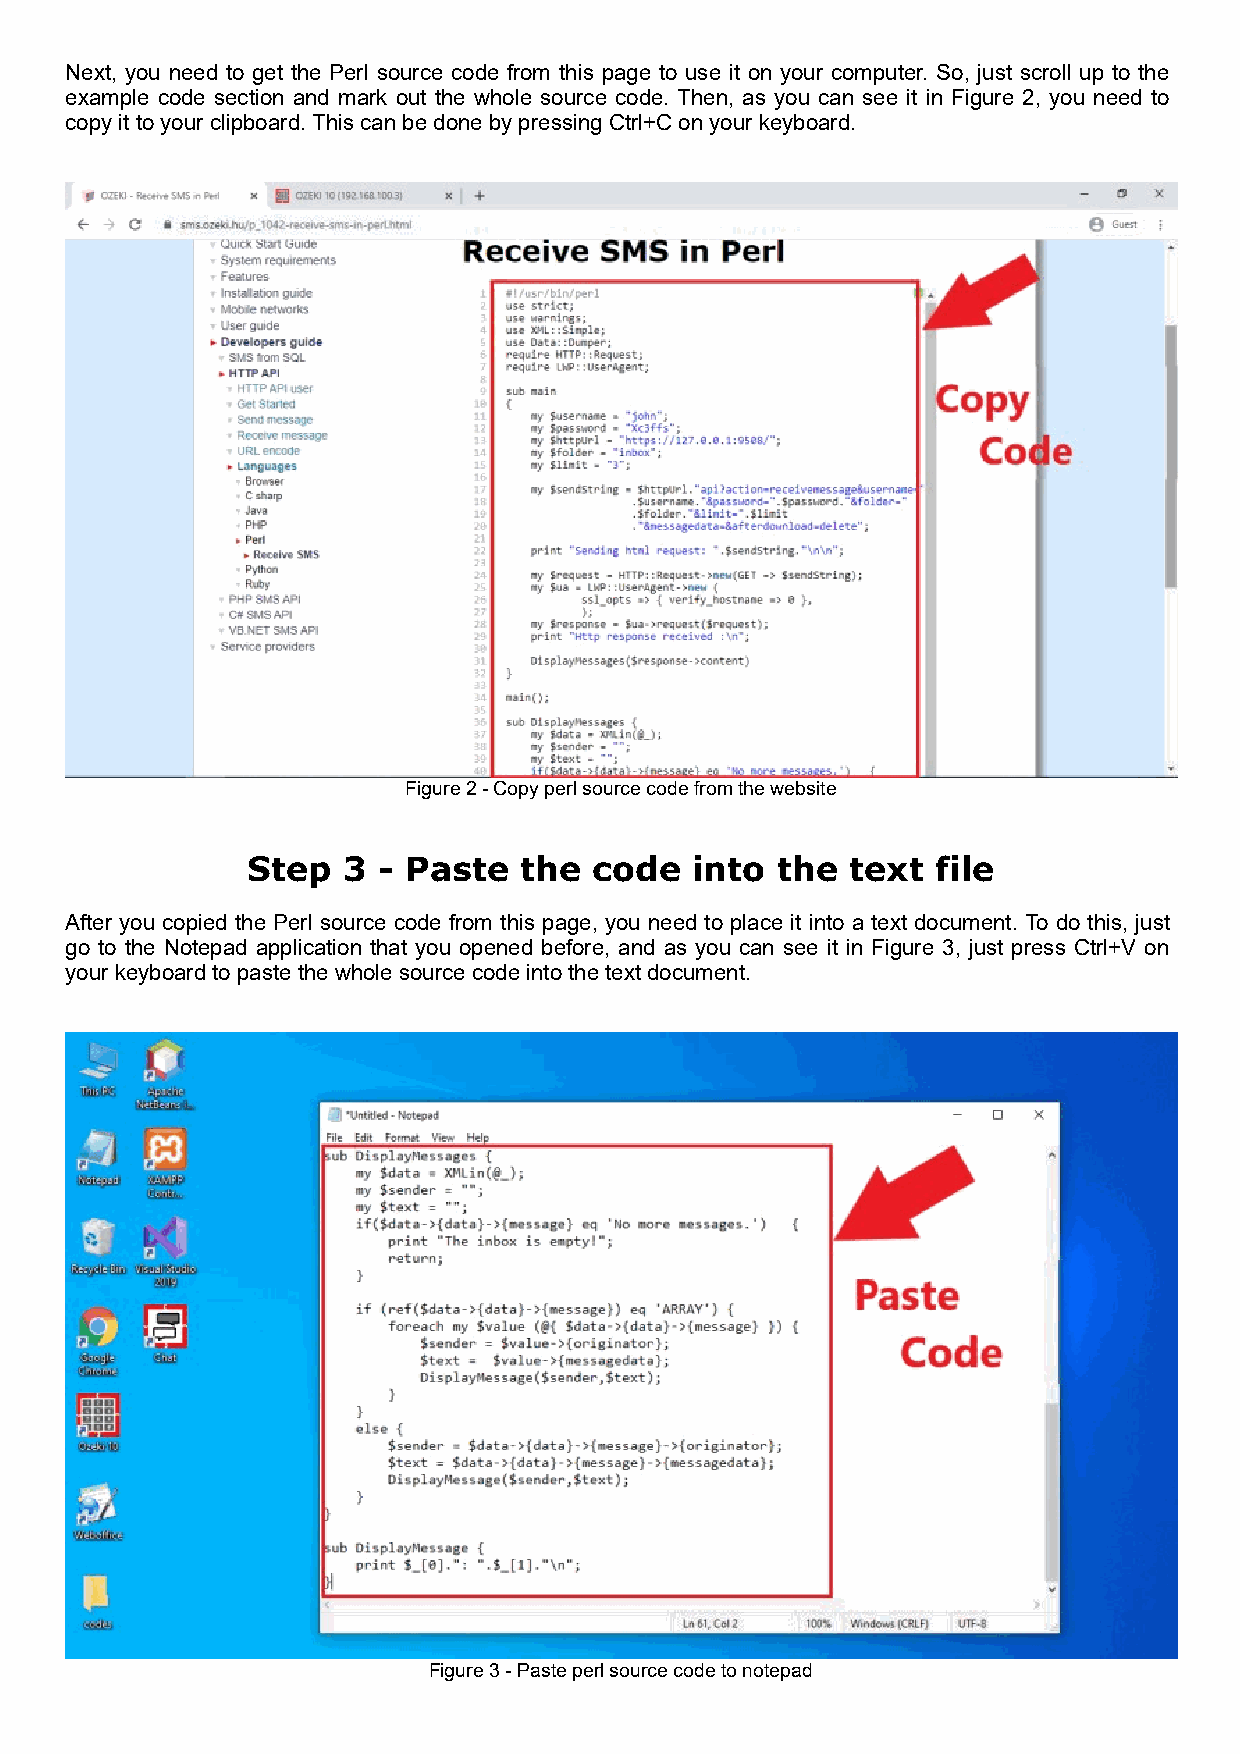
Next, you need to get the Perl source code from this page to use it on your computer. So, just scroll up to the
 example code section and mark out the whole source code. Then, as you can see it in Figure 2, you need to
 copy it to your clipboard. This can be done by pressing Ctrl+C on your keyboard.
 Figure 2 - Copy perl source code from the website
 Step   3 - Paste  the  code   into the  text  file
 After you copied the Perl source code from this page, you need to place it into a text document. To do this, just
 go to the Notepad application that you opened before, and as you can see it in Figure 3, just press Ctrl+V on
 your keyboard to paste the whole source code into the text document.
 Figure 3 - Paste perl source code to notepad